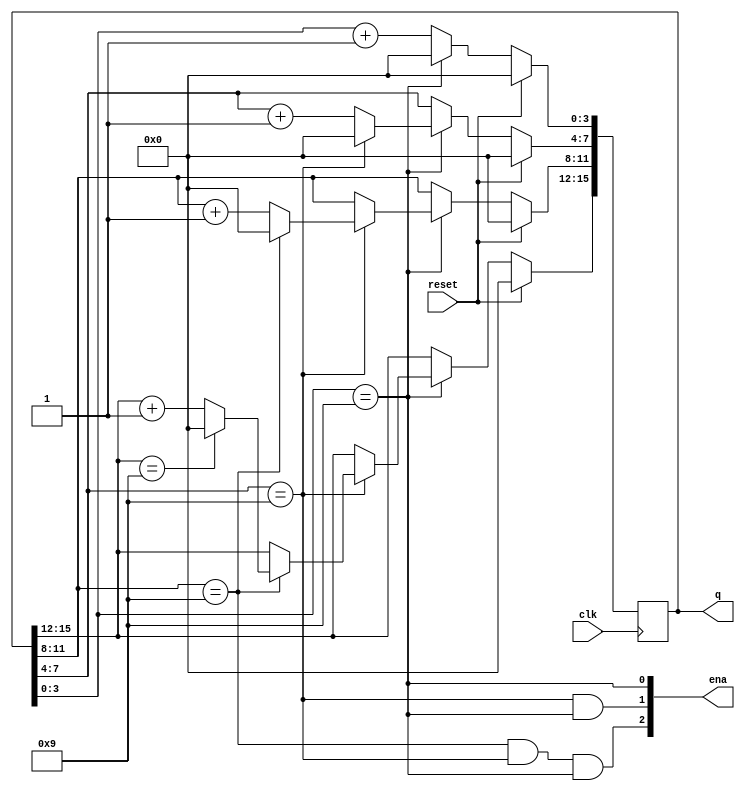
module top_module (
    input clk,
    input reset,   // Synchronous active-high reset
    output [3:1] ena,
    output [15:0] q); // 4位二进制数表示一个十进制数（BCD格式）

    always @(posedge clk) begin
        if(reset) begin
            q <= 16'h0;
        end
        else begin
            if(q[3:0] == 4'd9) 
            begin
                q[3:0] <= 4'd0;
                if(q[7:4] == 4'd9) 
                begin
                    q[7:4] <= 4'd0;
                    if(q[11:8] == 4'd9)
                    begin
                        q[11:8] <= 4'd0;
                        if(q[15:12] == 4'd9)
                            q[15:12] <= 4'd0;
                        else
                            q[15:12] <= q[15:12] + 1;
                    end
                    else
                        q[11:8] <= q[11:8] + 1;
                end
                else 
                    q[7:4] <= q[7:4] + 1;
            end
            else 
            begin
               q[3:0] <= q[3:0] + 1; 
            end
        end
    end

    assign ena[1] = q[3 :0] == 4'd9;
    assign ena[2] = q[7 :4] == 4'd9 && q[3:0] == 4'd9;
    assign ena[3] = q[11:8] == 4'd9 && q[7:4] == 4'd9 && q[3:0] == 4'd9;

endmodule